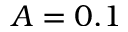
A = 0 . 1